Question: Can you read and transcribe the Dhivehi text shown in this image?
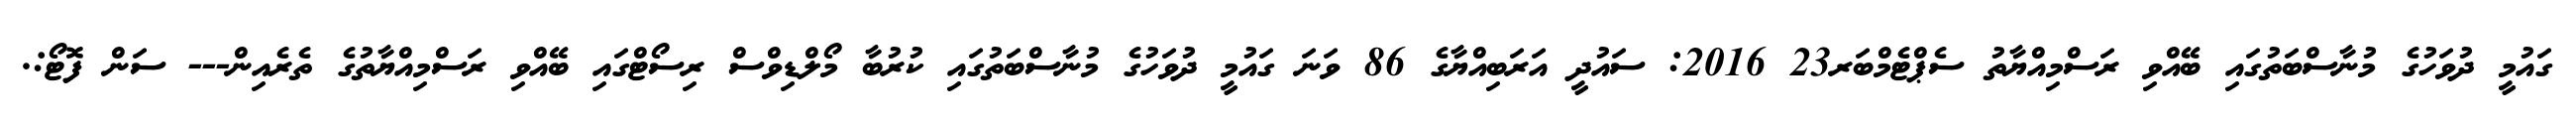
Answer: ގައުމީ ދުވަހުގެ މުނާސްބަތުގައި ބޭއްވި ރަސްމިއްޔާތު ސެޕްޓެމްބަރ23 2016: ސައުދީ އަރަބިއްޔާގެ 86 ވަނަ ގައުމީ ދުވަހުގެ މުނާސްބަތުގައި ކުރުބާ މޯލްޑިވްސް ރިސޯޓްގައި ބޭއްވި ރަސްމިއްޔާތުގެ ތެރެއިން--- ސަން ފޮޓޯ:.